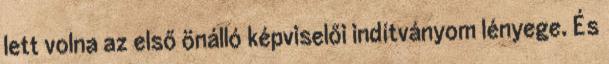
lett volna az első önálló képviselői indítványom lényege. És